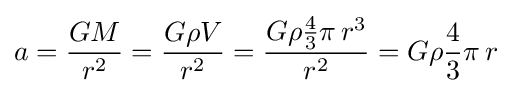
a={\frac {GM}{r^{2}}}={\frac {G\rho V}{r^{2}}}={\frac {G\rho {\frac {4}{3}}\pi \,r^{3}}{r^{2}}}=G\rho {\frac {4}{3}}\pi \,r